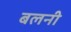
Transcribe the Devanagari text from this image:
बलनी